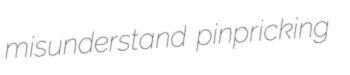
misunderstand pinpricking